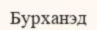
Бурханэд